Board of Education Examinations in Art and in Science and Technology, and Examinations of the City and Guilds of London Institute, 1916, 1916
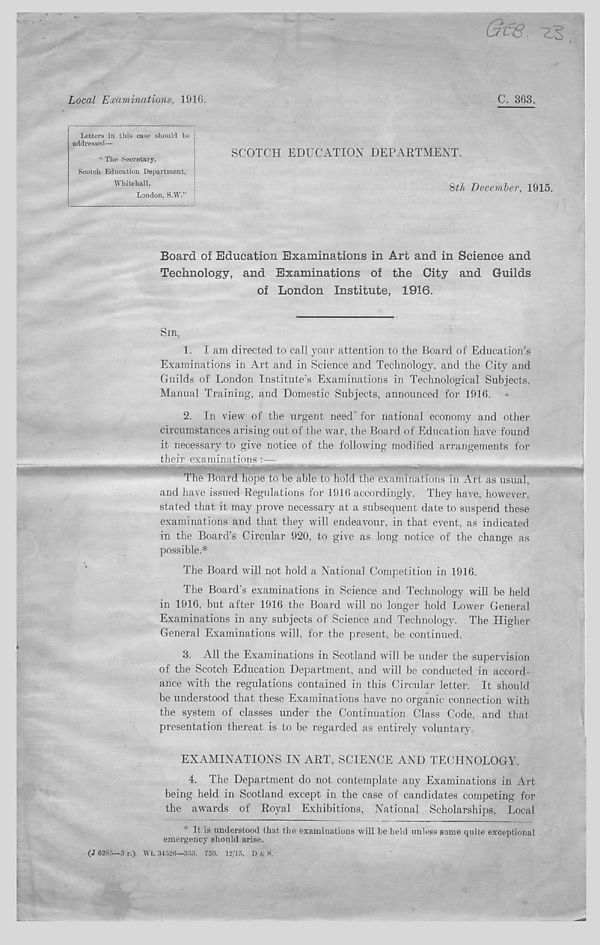
Gm. z?
Local Examinations, 1916.
C. 363.
SCOTCH EDUCATION DEPARTMENT.
%th December, 1915.
Board of Education Examinations in Art and in Science and
Technology, and Examinations of the City and Guilds
of London Institute, 1916.
SIR,
1. I am directed to call your attention to the Board of Education’s
Examinations in Art and in Science and Technology, and the City and
Guilds of London Institute's Examinations in Technological Subjects.
Manual Training, and Domestic Subjects, announced for 1916.
2. In view of the urgent need for national economy and other
circumstances arising out of the war, the Board of Education have found
it necessary to give notice of the following modified arrangements for
their examinations : —
The Board hope to be able to hold the examinations in Art as usual,
and have issued Regulations for 1916 accordingly. They have, however,
stated that it may prove necessary at a subsequent date to suspend these
examinations and that they will endeavour, in that event, as indicated
in the Board’s Circular 920, to give as long notice of the change as
possible.*
The Board will not hold a National Competition in 1916.
The Board's examinations in Science and Technology will be held
in 1916, but after 1916 the Board will no longer hold Lower General
Examinations in any subjects of Science and Technology. The Higher
General Examinations will, for the present, be continued.
3. All the Examinations in Scotland will be under the supervision
of the Scotch Education Department, and will be conducted in accord-
ance with the regulations contained in this Circular letter. It should
be understood that these Examinations have no organic connection with
the system of classes under the Continuation Class Code, and that
presentation thereat is to be regarded as entirely voluntary.
EXAMINATIONS IN ART, SCIENCE AND TECHNOLOGY.
4.
T
being held in Scotland except in the case of candidates competing for
the awards of Royal Exhibitions, National Scholarships, Local
It is understood that the examinations will he held unless some quite exceptional
emergency should arise.
(J 0285—3 r.) Wt. 34526—353. 750. 12/15. D A: S.
Letters in this case should be
addressed—
“ The Secretary,
Scotch Education Department,
Whitehall,
London, S.W.”